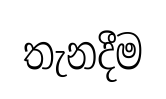
තැනදීම